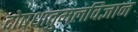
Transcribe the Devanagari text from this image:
दोषधातुमलविज्ञान